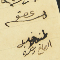
عضو طنوس خليل الصايغ رشكده